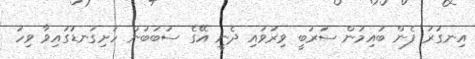
އިނގުރު ފެން ބުއިމުން ސަރުބީ ވިރުވައި ދެނީ އޭގެ ސަބަބުން ހަށިގަނޑުގައިވާ ވިހަ